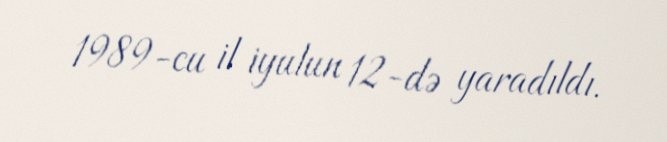
1989-cu il iyulun 12-də yaradıldı.